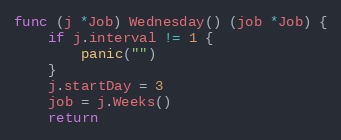
Language: Go
func (j *Job) Wednesday() (job *Job) {
	if j.interval != 1 {
		panic("")
	}
	j.startDay = 3
	job = j.Weeks()
	return